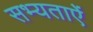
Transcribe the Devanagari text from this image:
सभ्यताऐं